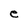
Character: e